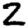
Digit: 2